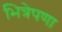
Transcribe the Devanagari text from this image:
भित्रेपणा